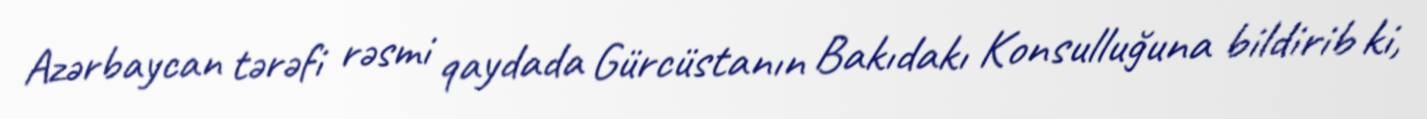
Azərbaycan tərəfi rəsmi qaydada Gürcüstanın Bakıdakı Konsulluğuna bildirib ki,